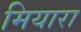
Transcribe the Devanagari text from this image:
मियारा